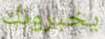
يخبرونك